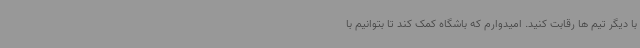
با دیگر تیم ها رقابت کنید. امیدوارم که باشگاه کمک کند تا بتوانیم با